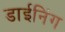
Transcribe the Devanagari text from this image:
डाईनिंग